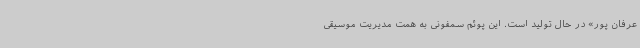
عرفان پور» در حال تولید است. این پوئم سمفونی به همت مدیریت موسیقی